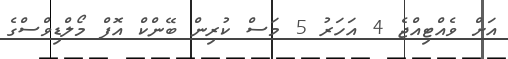
އަށް ވެއްޓިއްޖެ 4 އަހަރު 5 މަސް ކުރިން ބޭންކް އޮފް މޯލްޑިވްސްގެ